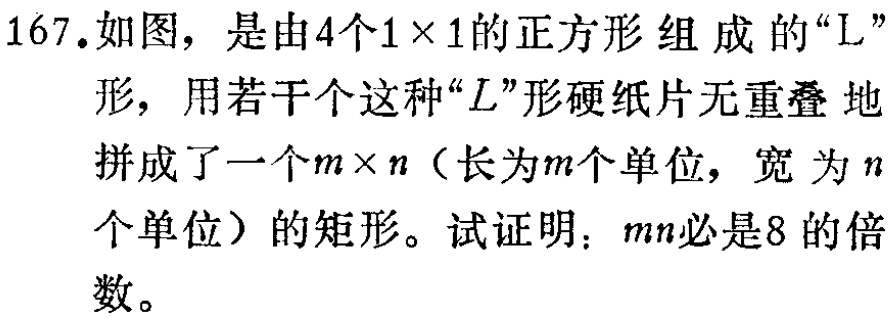
167.如图，是由4个\(1\times1\)的正方形组成的“L”形，用若干个这种“L”形硬纸片无重叠地拼成了一个\(m\times n\)（长为\(m\)个单位，宽为\(n\)个单位）的矩形。试证明：\(mn\)必是8的倍数。